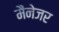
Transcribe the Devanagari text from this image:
मैंनेजर